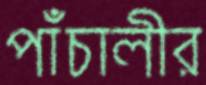
পাঁচালীর